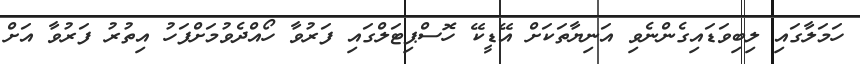
ހަމަލާގައި ލިބިވަޑައިގެންނެވި އަނިޔާތަކަށް އޭޑީކޭ ހޮސްޕިޓަލްގައި ފަރުވާ ހޯއްދެވުމަށްފަހު އިތުރު ފަރުވާ އަށް